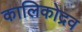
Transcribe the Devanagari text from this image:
कालिकोद्रव